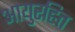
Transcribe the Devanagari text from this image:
आयुरहित